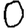
Digit: 0